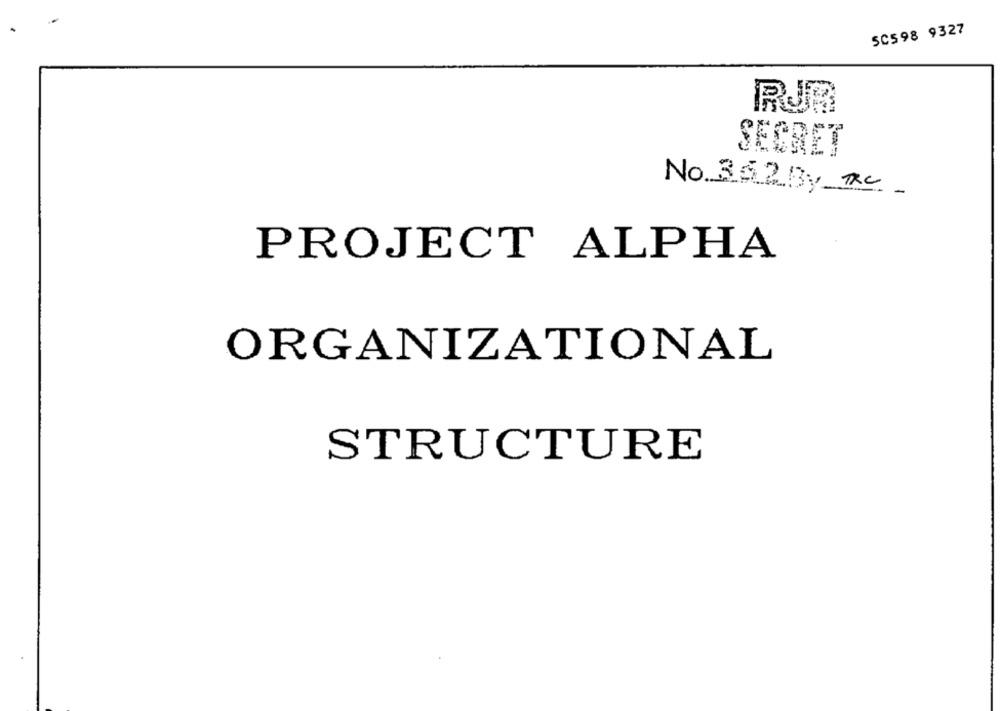
SC598 9327
RJR
SECRET
No 362By The
PROJECT ALPHA
ORGANIZATIONAL
STRUCTURE